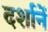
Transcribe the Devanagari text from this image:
दर्शानें